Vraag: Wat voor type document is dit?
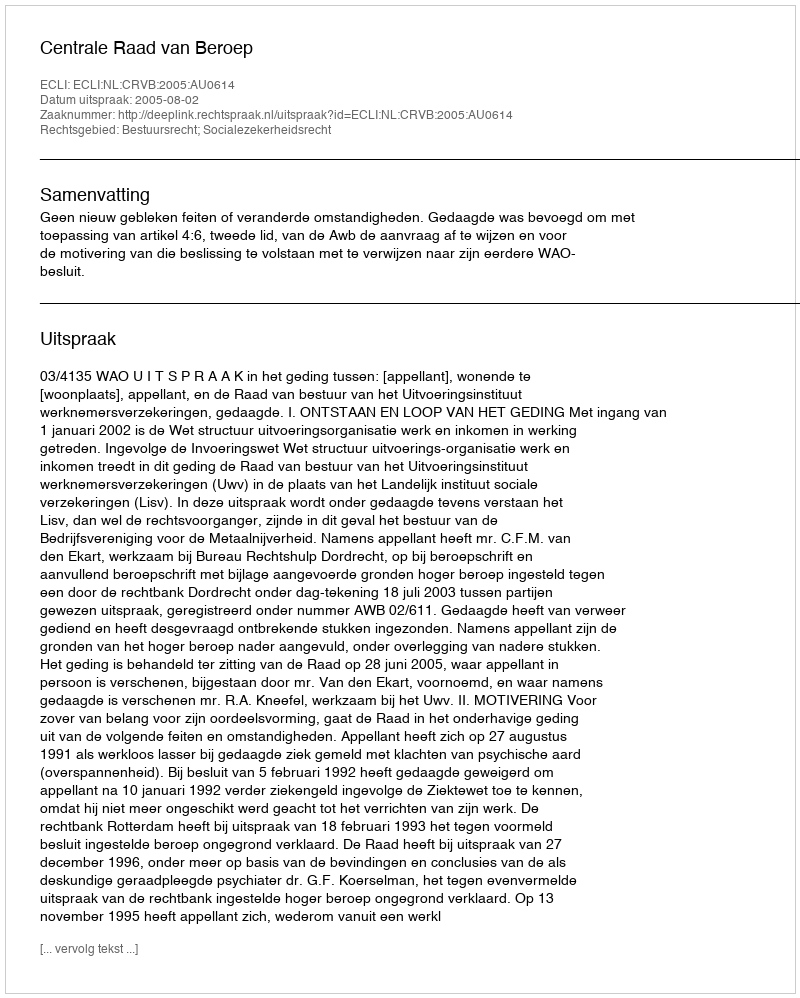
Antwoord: Uitspraak